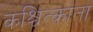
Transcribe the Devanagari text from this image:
कश्चित्कांता